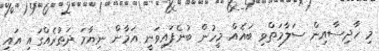
މި ހާދިސާއިން ސަލާމަތްވި ބައެއް މީހުން ބުނެފައިވަނީ އަމާން ނިޔާމަ ދަތުރެއްގައި އައި